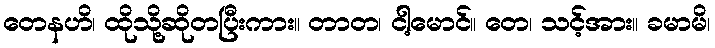
တေနဟိ၊ ထိုသို့ဆိုတပြီးကား။ တာတ၊ ငါ့မောင်။ တေ၊ သင့်အား။ ခမာမိ၊